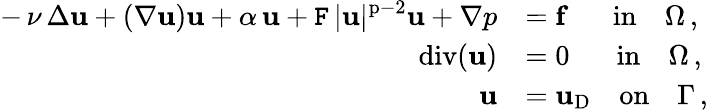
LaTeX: \begin{array}{rl}{\displaystyle-\, \nu\, \Delta\mathbf{u}+(\nabla\mathbf{u})\mathbf{u}+\alpha\, \mathbf{u}+\mathtt{F}\, |\mathbf{u}|^{\mathrm{p}-2}\mathbf{u}+\nabla p}&{=\mathbf{f}\quad\, \, \mathrm{~in}\quad\Omega\, ,}\\ {\mathrm{div}(\mathbf{u})}&{=0\quad\, \, \, \, \mathrm{in}\quad\Omega\, ,}\\ {\mathbf{u}}&{=\mathbf{u}_{\mathrm{D}}\quad\mathrm{on}\quad\Gamma\, ,}\end{array}